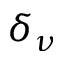
\delta _ { \nu }